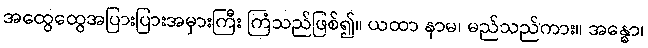
အထွေထွေအပြားပြားအမှားကြီး ကြံသည်ဖြစ်၍။ ယထာ နာမ၊ မည်သည်ကား။ အန္ဓော၊